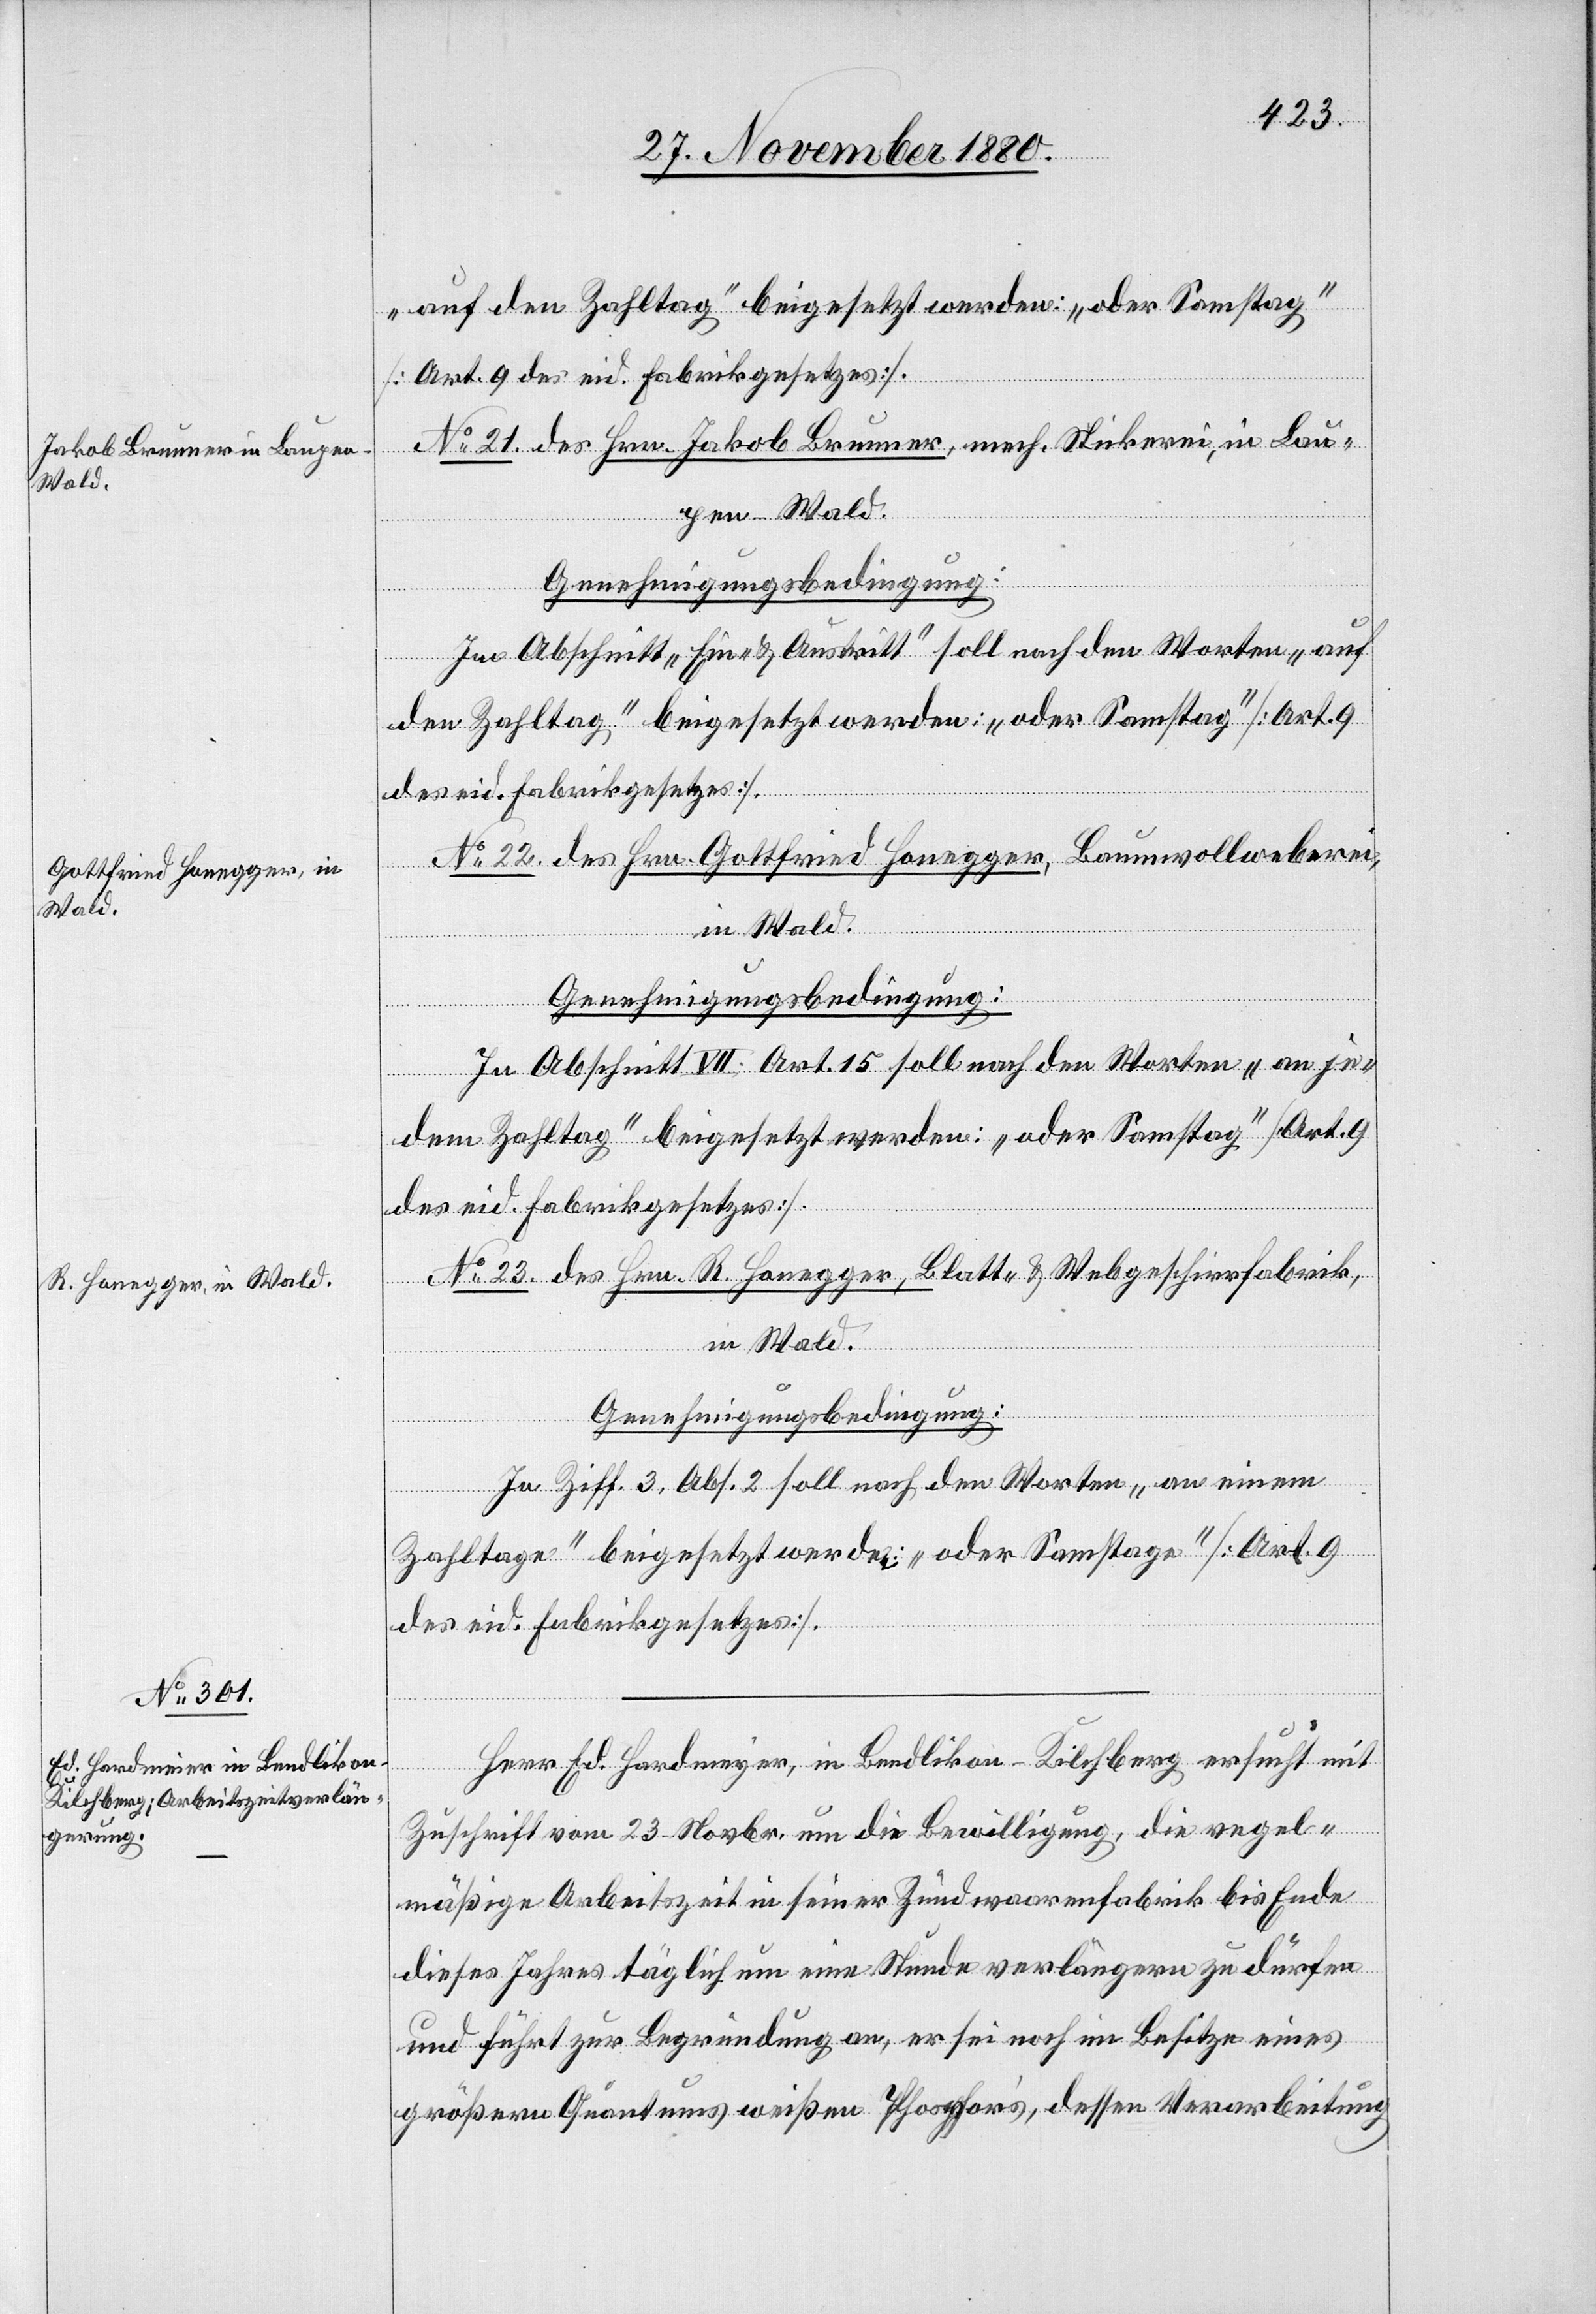
Herr Ed. Hardmeyer [sic!], in Bendlikon - Kilchberg ersucht mit
Zuschrift vom 23. Novbr. um die Bewilligung, die regel¬
mäßige Arbeitszeit in seiner Zündwaarenfabrik bis Ende
dieses Jahres täglich um eine Stunde verlängern zu dürfen
und führt zur Begründung an, er sei noch im Besitze eines
größeren Quantums weißen Phosphor’s, dessen Verarbeitung